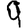
Digit: 9